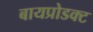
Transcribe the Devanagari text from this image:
बायप्रोडक्ट